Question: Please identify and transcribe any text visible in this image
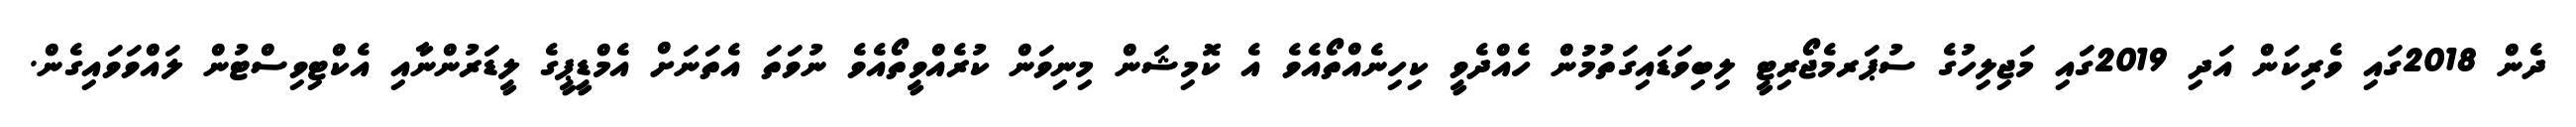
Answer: ދެން 2018ގައި ވެރިކަން އަދި 2019ގައި މަޖިލިހުގެ ސުޕަރމެޖޯރިޓީ ލިބިވަޑައިގަތުމުން ހެއްދެވީ ކިހިނެއްތޯއެވެ އެ ކޮމިޝަން މިނިވަން ކުރެއްވީތޯއެވެ ނުވަތަ އެތަނަށް އެމްޑީޕީގެ ލީޑަރުންނާއި އެކްޓިވިސްޓުން ލައްވަވައިގެން.